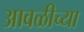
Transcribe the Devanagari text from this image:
आवळीच्या